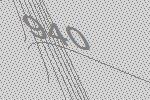
940